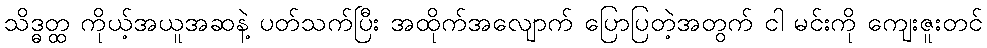
သိဒ္ဓတ္ထ ကိုယ့်အယူအဆနဲ့ ပတ်သက်ပြီး အထိုက်အလျောက် ပြောပြတဲ့အတွက် ငါ မင်းကို ကျေးဇူးတင်